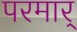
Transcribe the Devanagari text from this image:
परमार्